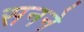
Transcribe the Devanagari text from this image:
सनने